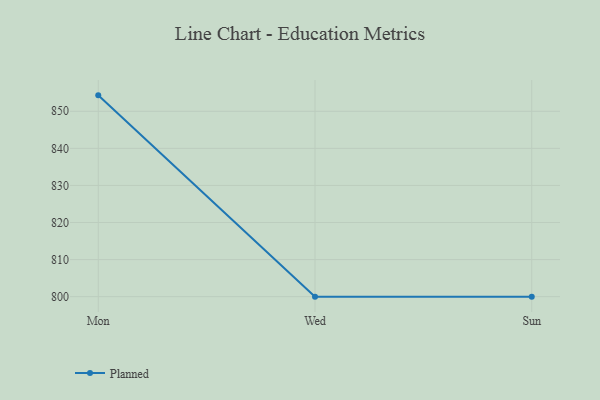
{"axis": {"x": "Day", "y": "Churn Rate (%)"}, "legend": ["Planned"], "data": [{"x": "Mon", "y": 854.3, "type": "Planned"}, {"x": "Wed", "y": 800, "type": "Planned"}, {"x": "Sun", "y": 800, "type": "Planned"}]}